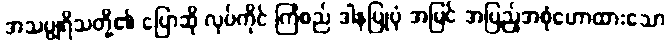
အသပ္ပုရိသတို့၏ ပြောဆို လုပ်ကိုင် ကြံစည် ဒါနပြုပုံ အမြင် အပြည့်အစုံဟောထားသော